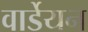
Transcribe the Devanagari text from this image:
वार्डेयन